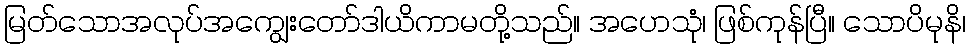
မြတ်သောအလုပ်အကျွေးတော်ဒါယိကာမတို့သည်။ အဟေသုံ၊ ဖြစ်ကုန်ပြီ။ သောပိမုနိ၊